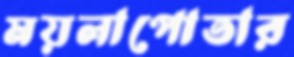
ময়লাপোতার